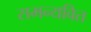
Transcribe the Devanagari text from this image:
समन्यवित